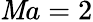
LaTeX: \mathit{M}a=2